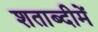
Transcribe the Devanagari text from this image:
शताब्‍दीमें